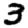
Digit: 3